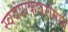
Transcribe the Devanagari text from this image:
स्वयंपाकघरांमध्ये